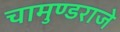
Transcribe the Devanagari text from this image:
चामुण्डराजे